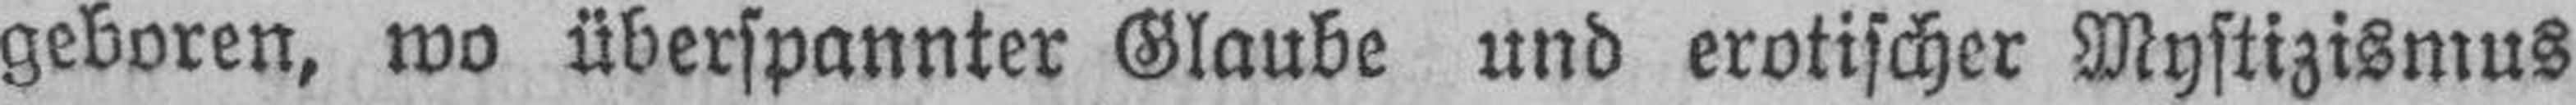
geboren, wo überspannter Glaube und erotischer Mystizismus